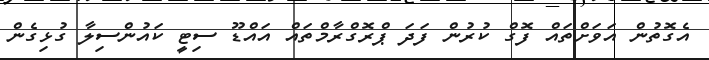
އެގޮތުން އަވަށްތައް ފޮގް ކުރުން ފަދަ ޕްރޮގްރާމްތައް އައްޑޫ ސިޓީ ކައުންސިލާ ގުޅިގެން